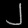
Digit: ၂